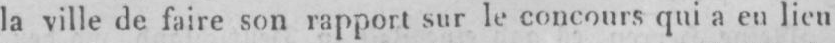
la ville de faire son rapport sur le concours qui a en lien